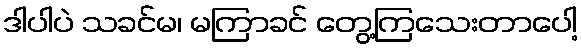
ဒါပါပဲ သခင်မ၊ မကြာခင် တွေ့ကြသေးတာပေါ့